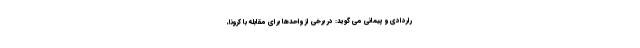
راردادی و پیمانی می گوید: در برخی از واحدها برای مقابله با کرونا،